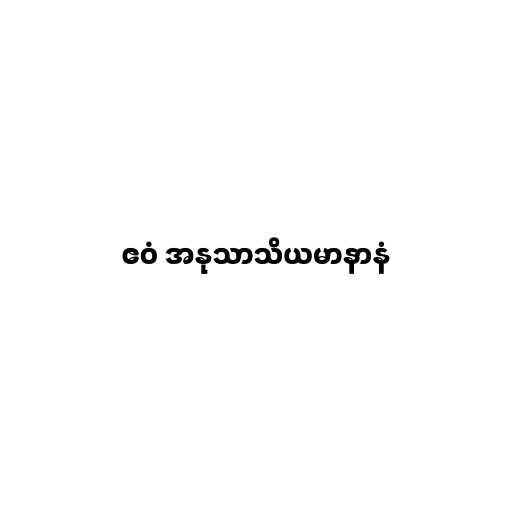
ဧဝံ အနုသာသိယမာနာနံ